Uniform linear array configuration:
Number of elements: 16
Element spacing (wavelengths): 0.75
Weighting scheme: blackman
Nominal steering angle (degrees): -30
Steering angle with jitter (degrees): -30.062
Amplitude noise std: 0.05
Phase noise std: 0.05

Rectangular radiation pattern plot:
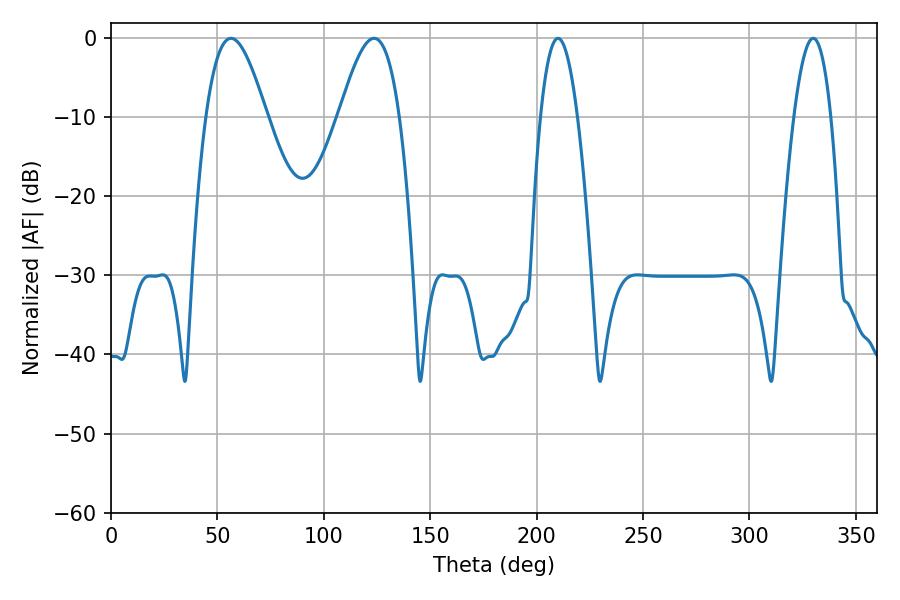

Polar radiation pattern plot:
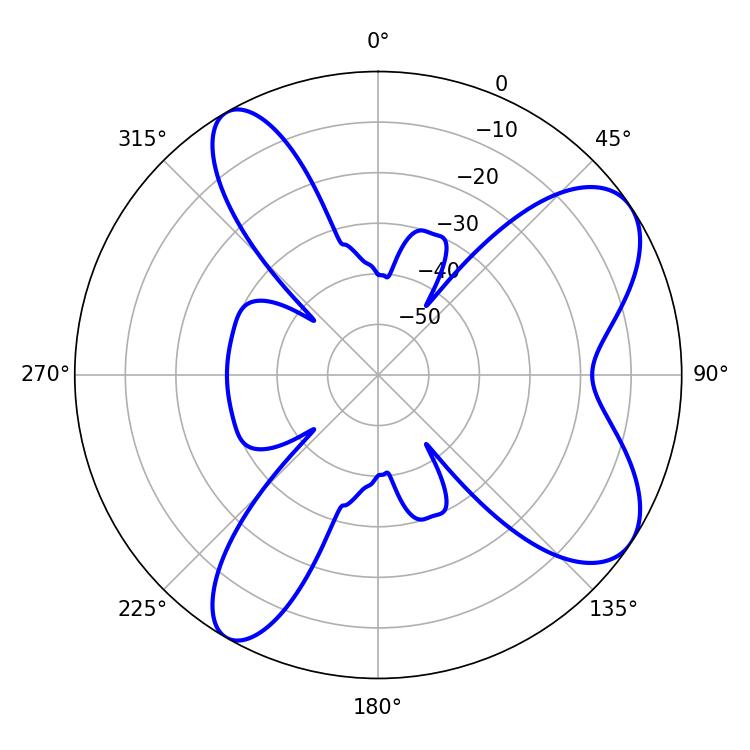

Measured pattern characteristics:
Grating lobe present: TRUE
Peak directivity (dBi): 7.939
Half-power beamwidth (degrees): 9.54
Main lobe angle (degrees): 210.06